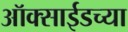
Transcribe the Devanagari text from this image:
ऑक्साईडच्या